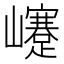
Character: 𡾰